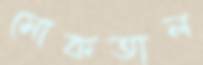
মোকতাল